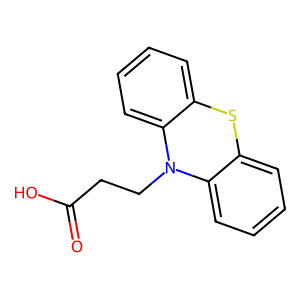
SMILES: O=C(O)CCN1c2ccccc2Sc2ccccc21
Inhibits HIV replication: No